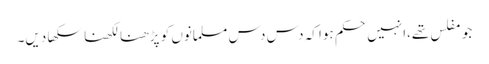
جو مفلس تھے،انہیں حکم ہوا کہ دس دس مسلمانوں کو پڑھنا لکھنا سکھا دیں۔